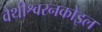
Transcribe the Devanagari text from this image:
वैथीश्वरनकोइल